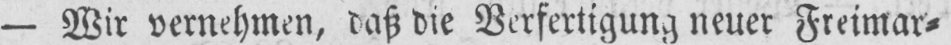
- Wir vernehmen, daß die Verfertigung neuer Freimar⸗